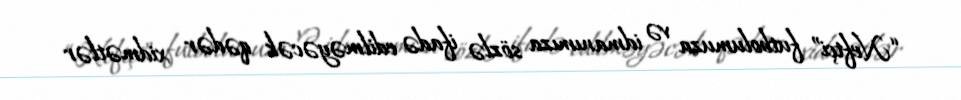
“Neftçi” futbolumuza və idmanımıza sözlə ifadə edilməyəcək qədər xidmətlər